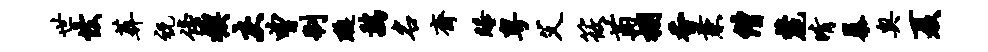
世怯葬祝傍楔灰曾制璇鸡名斋睡粤父筱萄棚香兼僧麓晴暴奥夏